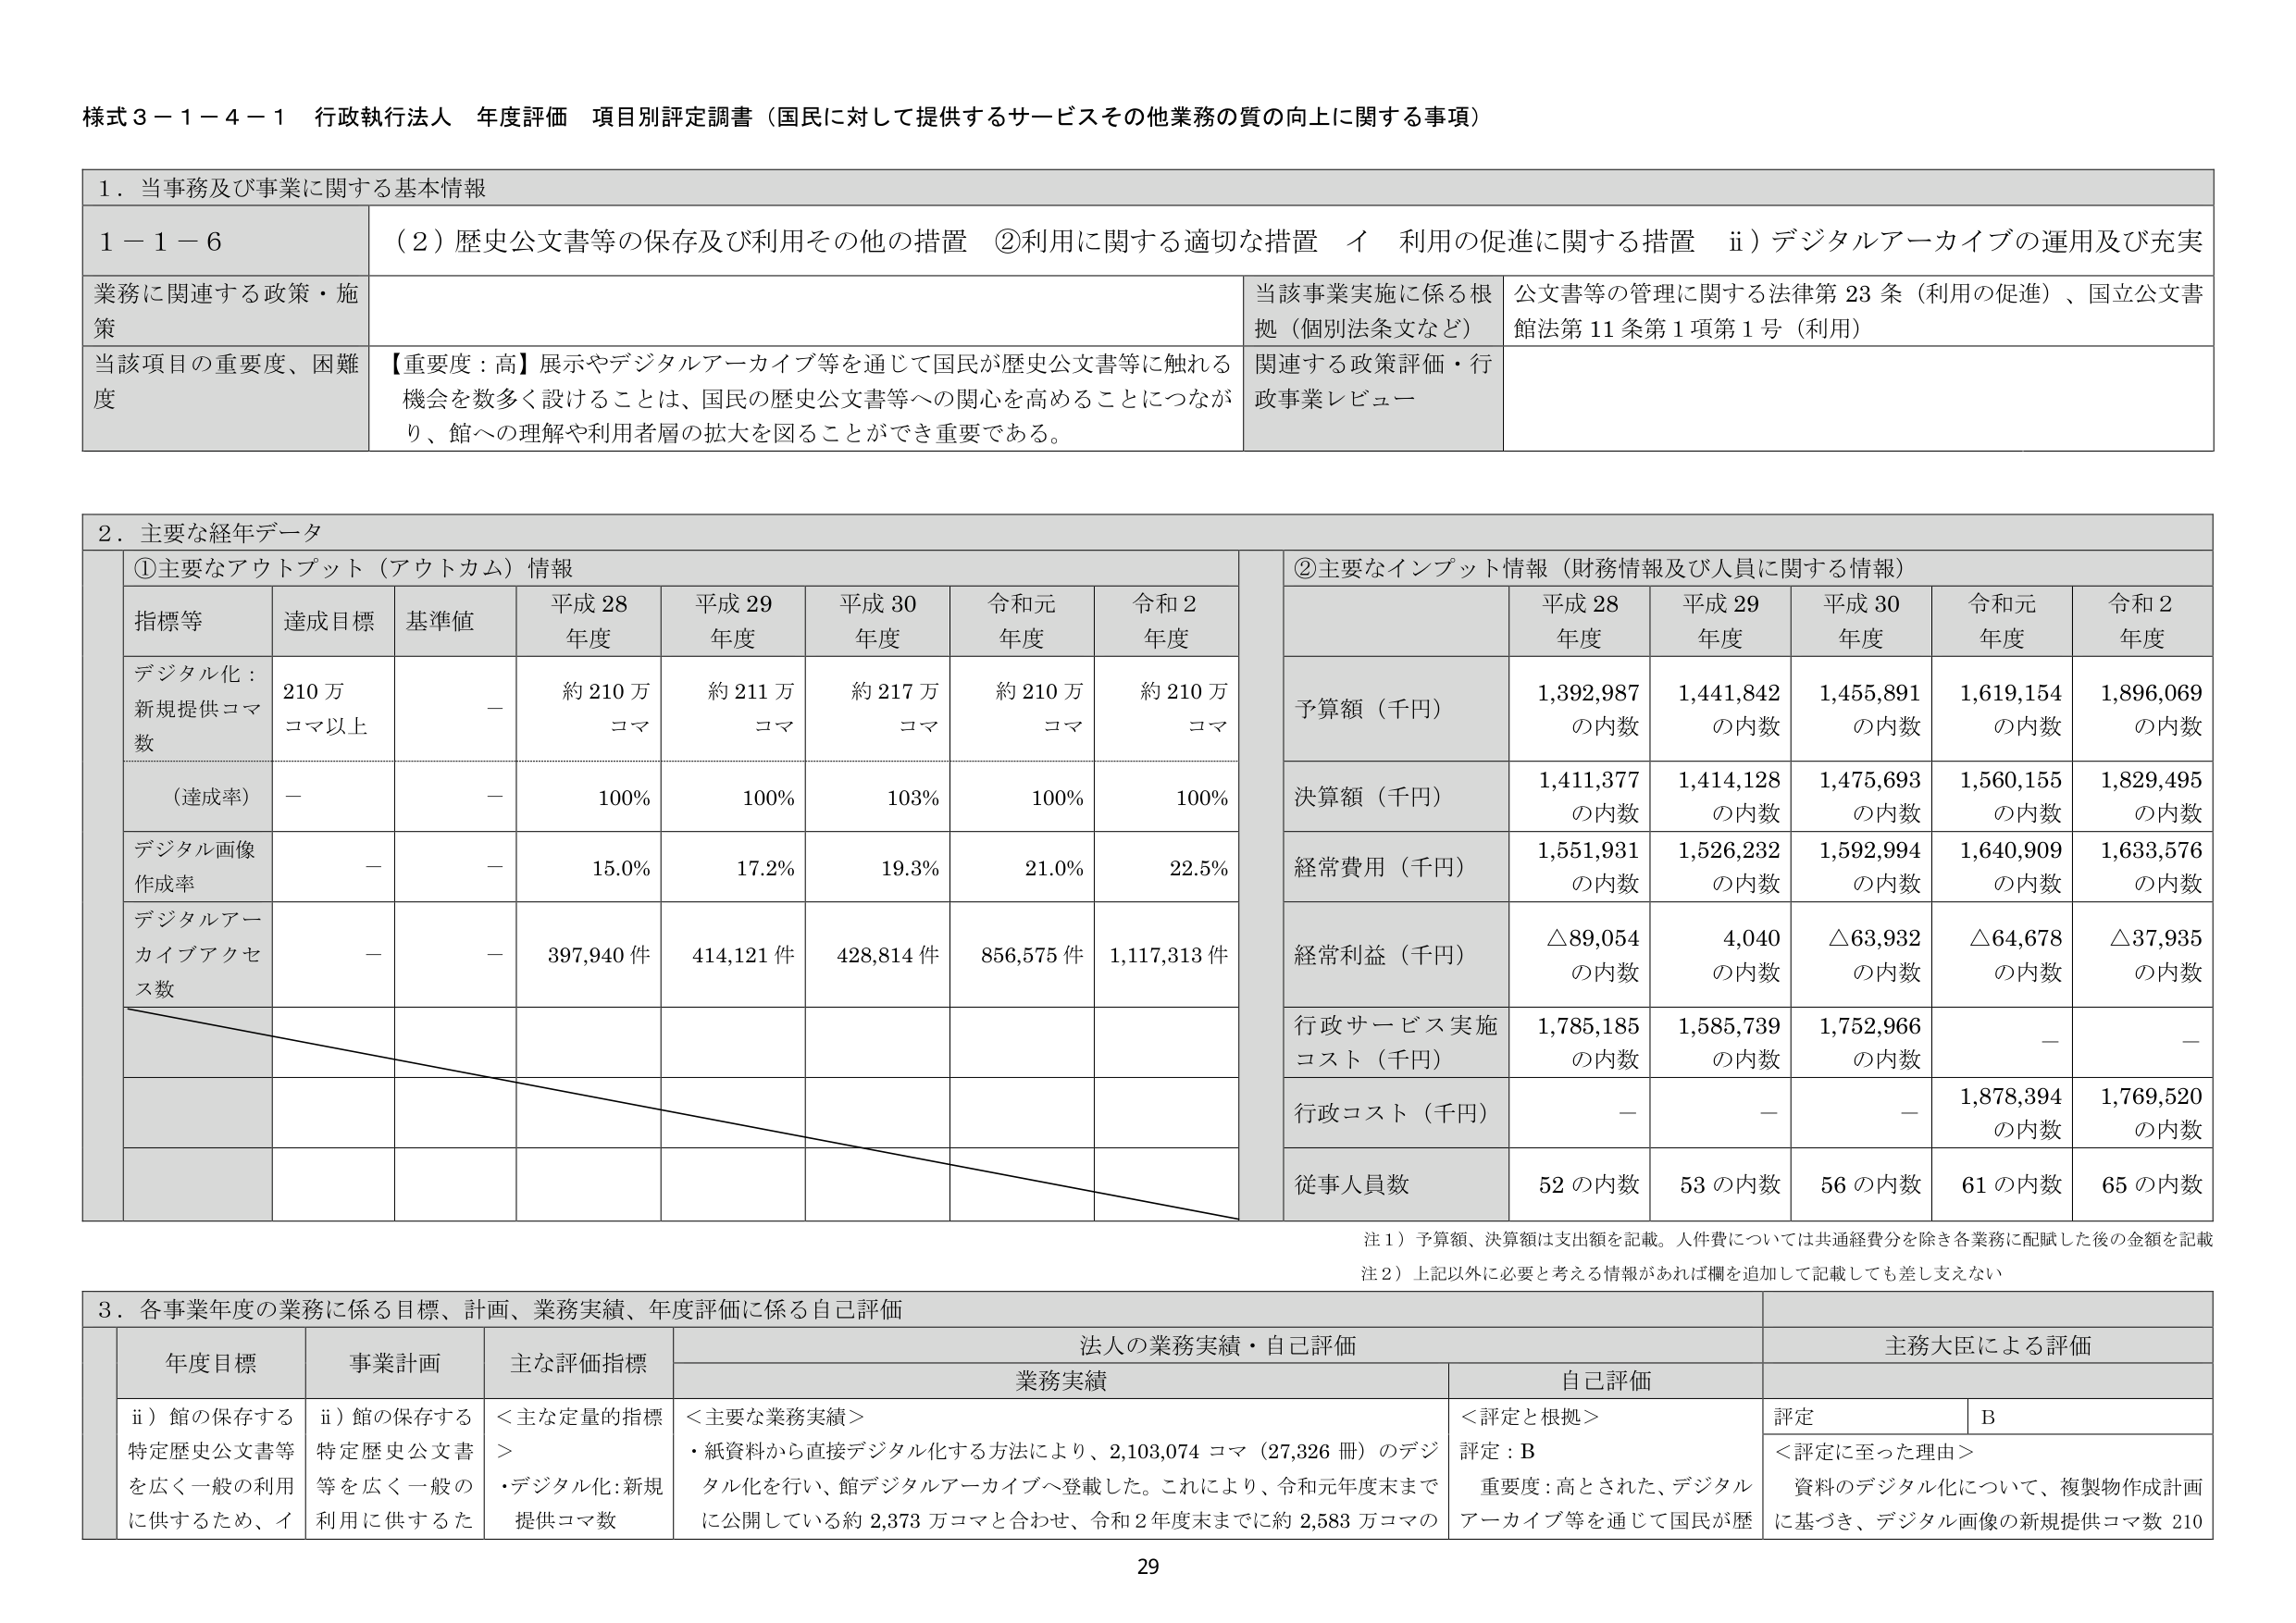
様式３－１－４－１ 行政執行法人 年度評価 項目別評定調書（国民に対して提供するサービスその他業務の質の向上に関する事項）

１．当事務及び事業に関する基本情報

１－１－６ （２）歴史公文書等の保存及び利用その他の措置 ②利用に関する適切な措置 イ 利用の促進に関する措置 ⅱ）デジタルアーカイブの運用及び充実

業務に関連する政策・施策
当該事業実施に係る根拠（個別法条文など）
公文書等の管理に関する法律第23条（利用の促進）、国立公文書館法第11条第1項第1号（利用）

当該項目の重要度、困難度
【重要度：高】展示やデジタルアーカイブ等を通じて国民が歴史公文書等に触れる機会を数多く設けることは、国民の歴史公文書等への関心を高めることにつながり、館への理解や利用者層の拡大を図ることができ重要である。
関連する政策評価・行政事業レビュー

２．主要な経年データ

①主要なアウトプット（アウトカム）情報

指標等 達成目標 基準値 平成28年度 平成29年度 平成30年度 令和元年度 令和2年度
デジタル化：新規提供コマ数 210万コマ以上 － 約210万コマ 約211万コマ 約217万コマ 約210万コマ 約210万コマ
（達成率） － － 100% 100% 103% 100% 100%
デジタル画像作成率 － － 15.0% 17.2% 19.8% 21.0% 22.5%
デジタルアーカイブアクセス数 － － 397,940件 414,121件 428,814件 856,575件 1,117,313件

②主要なインプット情報（財務情報及び人員に関する情報）

平成28年度 平成29年度 平成30年度 令和元年度 令和2年度
予算額（千円） 1,392,987の内数 1,441,842の内数 1,455,891の内数 1,619,154の内数 1,896,069の内数
決算額（千円） 1,411,377の内数 1,414,128の内数 1,475,693の内数 1,560,155の内数 1,829,495の内数
経常費用（千円） 1,551,931の内数 1,526,232の内数 1,592,994の内数 1,640,909の内数 1,633,576の内数
経常利益（千円） △89,054の内数 4,040の内数 △63,932の内数 △64,678の内数 △37,935の内数
行政サービス実施コスト（千円） 1,785,185の内数 1,585,739の内数 1,752,966の内数 － －
行政コスト（千円） － － － 1,878,394の内数 1,769,520の内数
従事人員数 52の内数 53の内数 56の内数 61の内数 65の内数

注１）予算額、決算額は支出額を記載。人件費については共通経費分を除き各業務に配賦した後の金額を記載
注２）上記以外に必要と考える情報があれば欄を追加して記載しても差し支えない

３．各事業年度の業務に係る目標、計画、業務実績、年度評価に係る自己評価

年度目標 事業計画 主な評価指標 法人の業務実績・自己評価 主務大臣による評価
業務実績 自己評価
ⅱ）館の保存する特定歴史公文書等を広く一般の利用に供するため、イ ⅱ）館の保存する特定歴史公文書等を広く一般の利用に供するた ＜主な定量的指標＞ ・デジタル化：新規提供コマ数 ＜主要な業務実績＞ ・紙資料から直接デジタル化する方法により、2,103,074コマ（27,326冊）のデジタル化を行い、館デジタルアーカイブへ登載した。これにより、令和元年度末までに公開している約2,373万コマと合わせ、令和2年度末までに約2,583万コマの ＜評定と根拠＞ 評定：B 評定 B
＜評定に至った理由＞ 資料のデジタル化について、複製物作成計画に基づき、デジタル画像の新規提供コマ数210

29